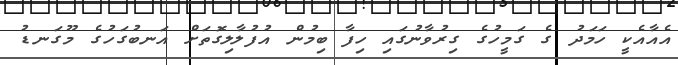
އެއާއެކީ ހަމަދު ގެ ގަމީހުގެ ގިރުވާނުގައި ހިފާ ބިމުން އުފުލާލިގޮތަށް އަނބުގަހުގެ މޫގަނޑު